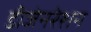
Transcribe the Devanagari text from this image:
डीजेनरेशन